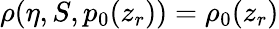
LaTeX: \rho(\eta,S,p_{0}(z_{r}))=\rho_{0}(z_{r})